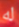
له